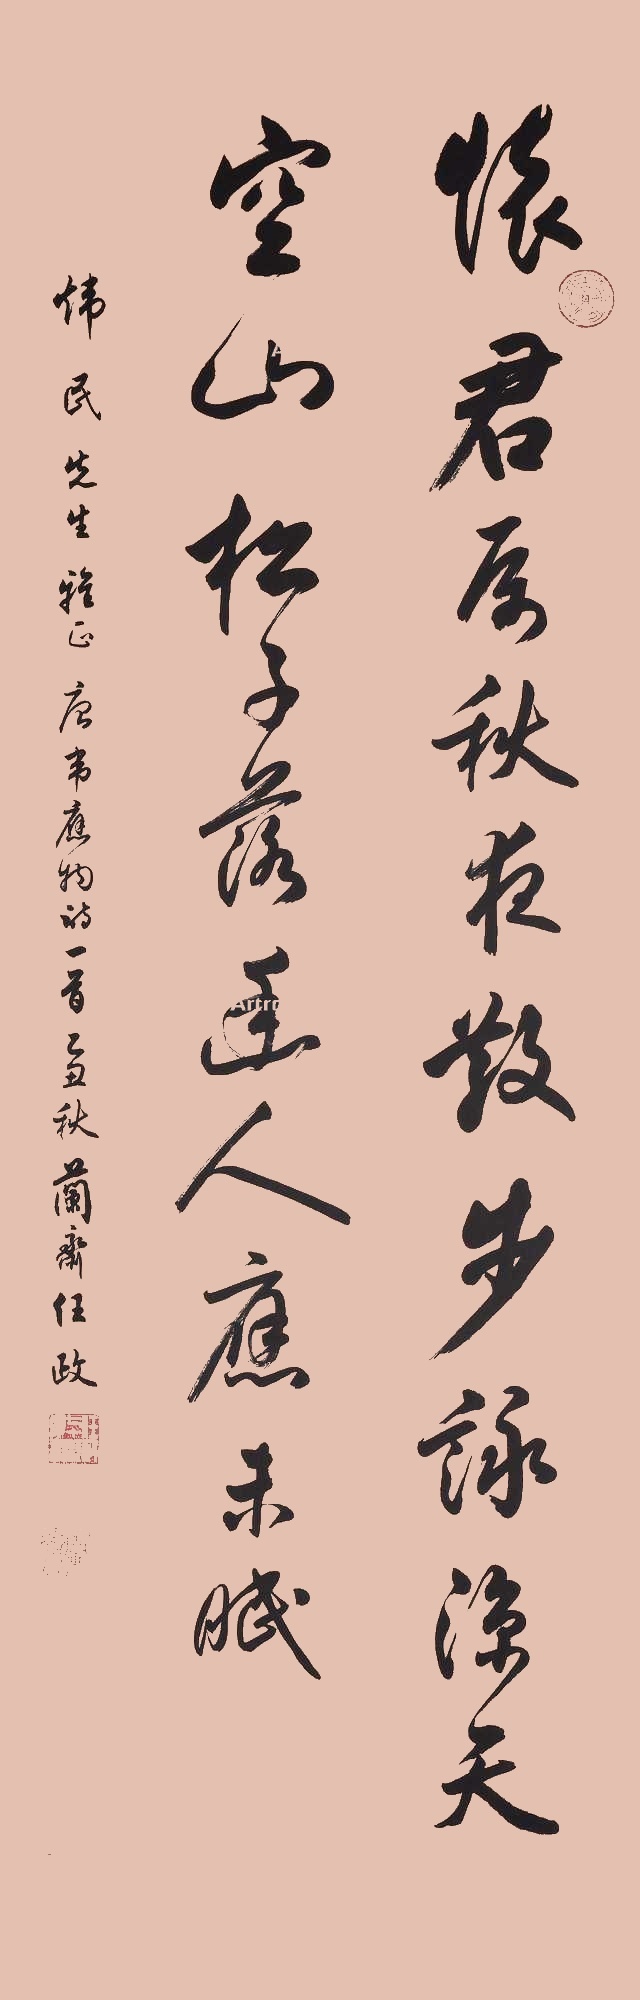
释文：怀君属秋夜，散步咏凉天。空山松子落，幽人应未眠。愇民先生雅正。唐韦应物诗一首。乙丑秋兰斋任政。